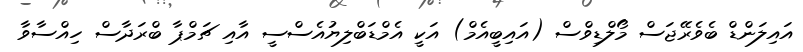
އައިލަންޑް ބެވެރޭޖަސް މޯލްޑިވްސް (އައިބީއެމް) އަކީ އެމްޑަބްލިޔުއެސްސީ އާއި ޗަމްޕާ ބްރަދާސް ހިއްސާވާ